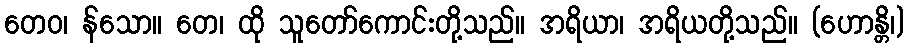
တေဝ၊ န်သော။ တေ၊ ထို သူတော်ကောင်းတို့သည်။ အရိယာ၊ အရိယတို့သည်။ (ဟောန္တိ၊)